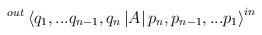
LaTeX: \begin{align*}^{out}\left\langle q_{1},...q_{n-1},q_{n}\left| A\right|p_{n},p_{n-1},...p_{1}\right\rangle ^{in} \end{align*}